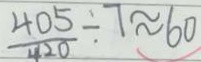
\frac { 4 0 5 } { 4 2 0 } \div 7 \approx 6 0